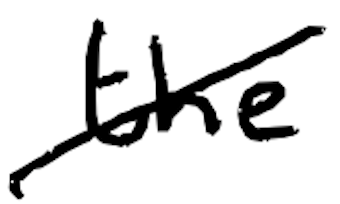
Text: the
Cross-out: diagonal
Writing tool: digital_black